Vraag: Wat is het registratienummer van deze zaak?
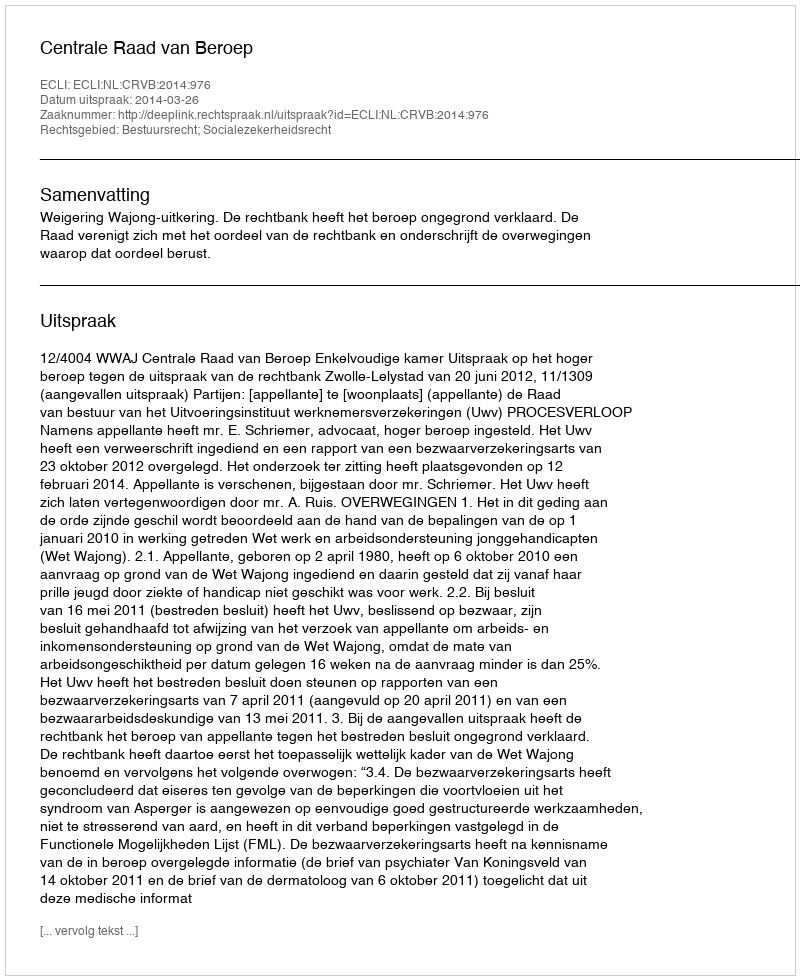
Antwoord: http://deeplink.rechtspraak.nl/uitspraak?id=ECLI:NL:CRVB:2014:976